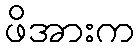
ဖိအားက